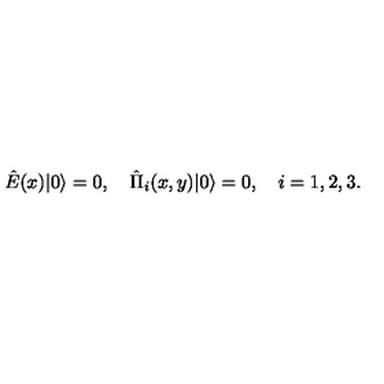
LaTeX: \hat { E } ( x ) | 0 \rangle = 0 , \quad \hat { \Pi } _ { i } ( x , y ) | 0 \rangle = 0 , \quad i = 1 , 2 , 3 .